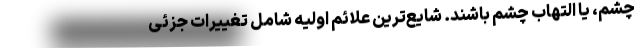
چشم، یا التهاب چشم باشند. شایع‌ترین علائم اولیه شامل تغییرات جزئی